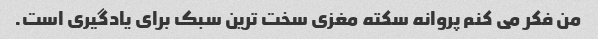
من فکر می کنم پروانه سکته مغزی سخت ترین سبک برای یادگیری است.